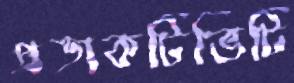
প্রডাকটিভিটি